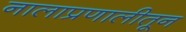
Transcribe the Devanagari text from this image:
नालाप्रणालीतून